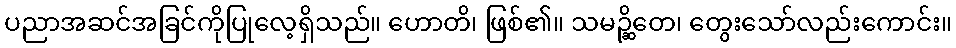
ပညာအဆင်အခြင်ကိုပြုလေ့ရှိသည်။ ဟောတိ၊ ဖြစ်၏။ သမဉ္ဆိတေ၊ တွေးသော်လည်းကောင်း။